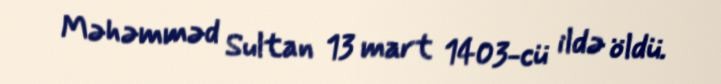
Məhəmməd Sultan 13 mart 1403-cü ildə öldü.